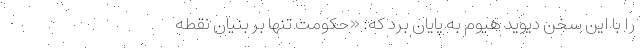
را با این سخن دیوید هیوم به پایان برد که: «حکومت تنها بر بنیان نقطه